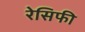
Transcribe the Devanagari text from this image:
रेसिफी